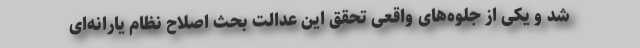
شد و یکی از جلوه‌های واقعی تحقق این عدالت بحث اصلاح نظام یارانه‌ای